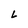
Character: L